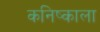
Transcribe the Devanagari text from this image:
कनिष्काला